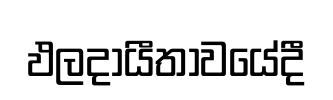
ඵලදායීතාවයේදී